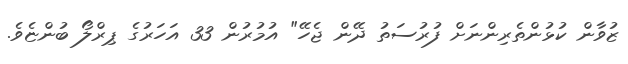
ޒުވާން ކުޅުންތެރިންނަށް ފުރުސަތު ދޭން ޖެހޭ" އުމުރުން 33 އަހަރުގެ ޕިރްލޯ ބުންޏެވެ.